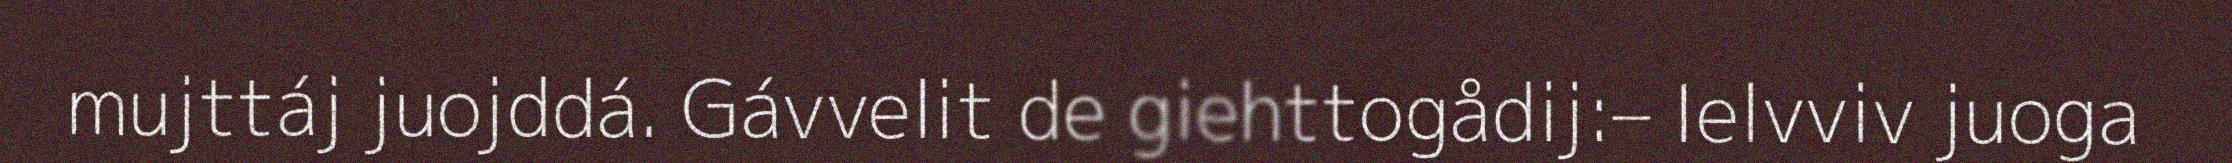
mujttáj juojddá. Gávvelit de giehttogådij:– Ielvviv juoga